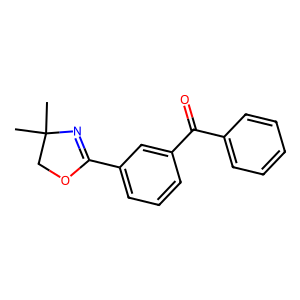
SMILES: CC1(C)COC(c2cccc(C(=O)c3ccccc3)c2)=N1
Inhibits HIV replication: No